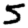
Digit: 5